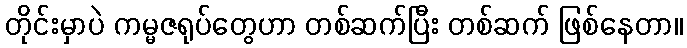
တိုင်းမှာပဲ ကမ္မဇရုပ်တွေဟာ တစ်ဆက်ပြီး တစ်ဆက် ဖြစ်နေတာ။